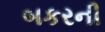
બકરની